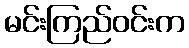
မင်းကြည်ဝင်းက